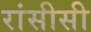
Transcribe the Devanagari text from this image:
रांसीसी